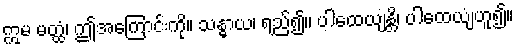
ဣမ မတ္ထံ၊ ဤအကြောင်းကို။ သန္ဓာယ၊ ရည်၍။ ပါထေယျန္တိ၊ ပါထေယျံဟူ၍။